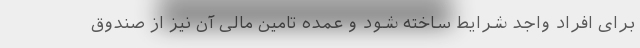
برای افراد واجد شرایط ساخته شود و عمده تامین مالی آن نیز از صندوق